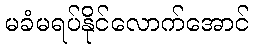
မခံမရပ်နိုင်လောက်အောင်